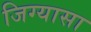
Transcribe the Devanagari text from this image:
जिग्यासा